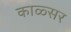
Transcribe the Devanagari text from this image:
काळ्सर